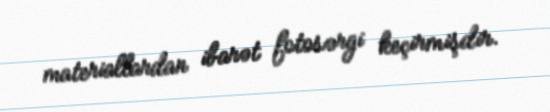
materiallardan ibarət fotosərgi keçirmişdir.